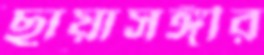
ছায়াসঙ্গীর